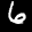
Label: 6